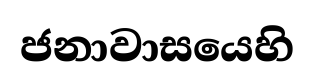
ජනාවාසයෙහි